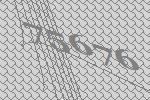
75676